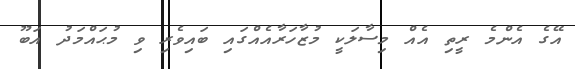
އޭގެ އެންމެ ރީތި އެއް މިސާލަކީ މުޒާހަރާއެއްގައި ބައިވެރި ވި މުޙައްމަދު އަބޫ